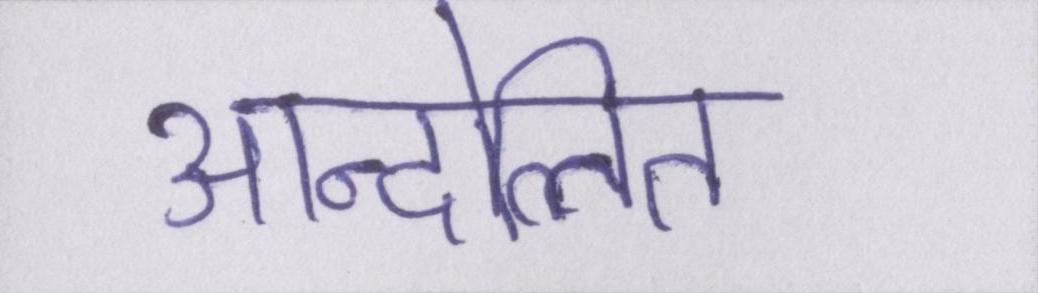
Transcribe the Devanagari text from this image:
आन्दोलित